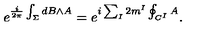
e ^ { \frac { i } { 2 \pi } \int _ { \Sigma } { d B \wedge A } } = e ^ { i \sum _ { I } 2 m ^ { I } \oint _ { C ^ { I } } A } .